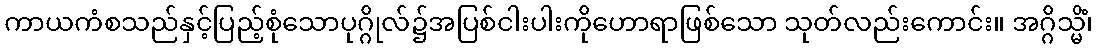
ကာယကံစသည်နှင့်ပြည့်စုံသောပုဂ္ဂိုလ်၌အပြစ်ငါးပါးကိုဟောရာဖြစ်သော သုတ်လည်းကောင်း။ အဂ္ဂိသ္မိံ၊